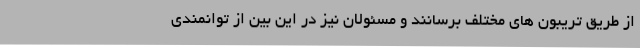
از طریق تریبون های مختلف برسانند و مسئولان نیز در این بین از توانمندی